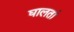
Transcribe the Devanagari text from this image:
घालतां